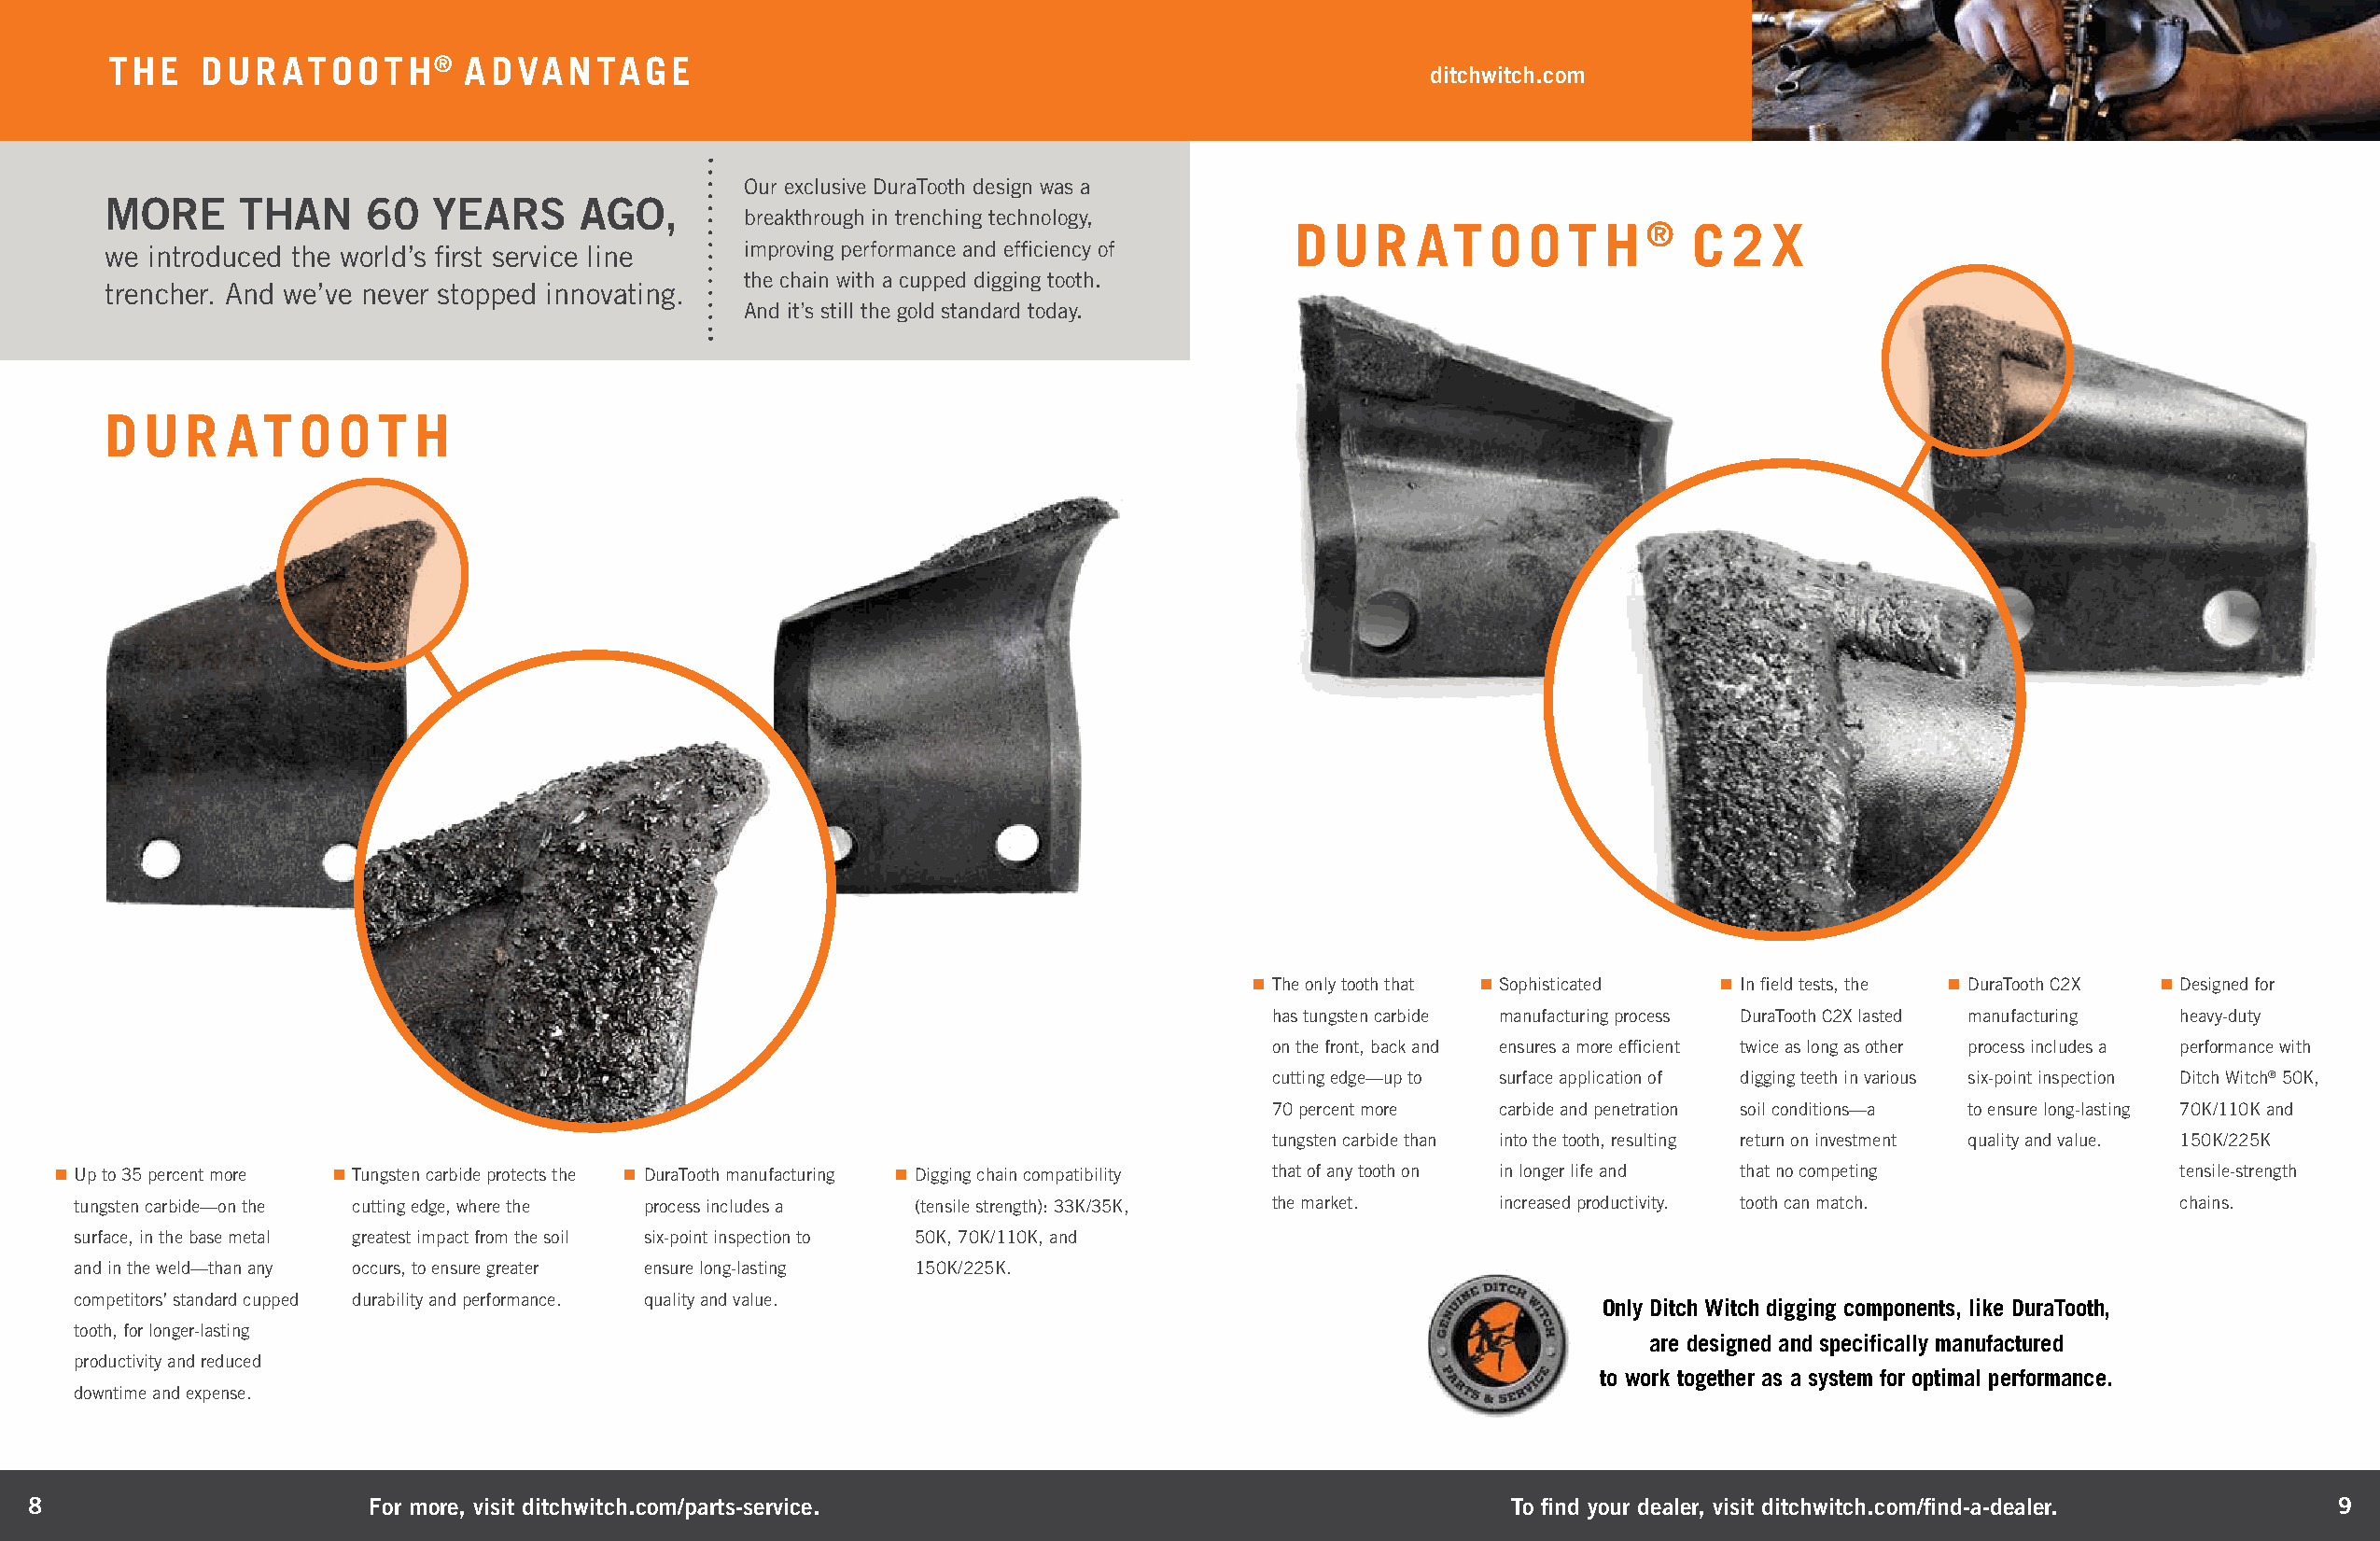
THE   DUR   ATOOTH®      ADVANTAGE
 ditchwitch.com
 Our exclusive DuraTooth design was a
 MORE      THAN     60   YEARS     AGO,
 breakthrough in trenching technology,
 D  U  R AT    O O  T  H  ®  C  2  X
 we introduced the world’s first service line  improving performance and efficiency of
 the chain with a cupped digging tooth.
 trencher. And we’ve never stopped innovating.
 And it’s still the gold standard today.
 D  U  R  AT   O  O  T H
 The only tooth that Sophisticated In field tests, the DuraTooth C2X Designed for
 has tungsten carbide manufacturing process DuraTooth C2X lasted manufacturing heavy-duty
 on the front, back and ensures a more efficient twice as long as other process includes a performance with
 cutting edge—up to surface application of digging teeth in various six-point inspection Ditch Witch® 50K,
 70 percent more carbide and penetration soil conditions—a to ensure long-lasting 70K/110K and
 tungsten carbide than into the tooth, resulting return on investment quality and value. 150K/225K
 Up to 35 percent more Tungsten carbide protects the DuraTooth manufacturing Digging chain compatibility that of any tooth on in longer life and that no competing tensile-strength
 tungsten carbide—on the cutting edge, where the process includes a (tensile strength): 33K/35K, the market. increased productivity. tooth can match.  chains.
 surface, in the base metal greatest impact from the soil six-point inspection to 50K, 70K/110K, and
 and in the weld—than any occurs, to ensure greater ensure long-lasting 150K/225K.
 competitors’ standard cupped durability and performance. quality and value.
 Only Ditch Witch digging components, like DuraTooth,
 tooth, for longer-lasting
 are designed and specifically manufactured
 productivity and reduced
 to work together as a system for optimal performance.
 downtime and expense.
 8                       For more, visit ditchwitch.com/parts-service.                                    To find your dealer, visit ditchwitch.com/find-a-dealer.   9